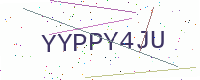
Text: YYPPY4JU